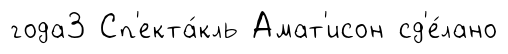
года3 Сп'екта́кль Амат'исон сд'е́лано